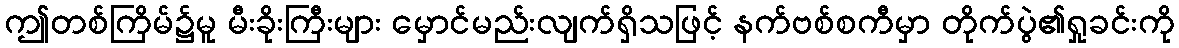
ဤတစ်ကြိမ်၌မူ မီးခိုးကြီးများ မှောင်မည်းလျက်ရှိသဖြင့် နက်ဗစ်စကီမှာ တိုက်ပွဲ၏ရှုခင်းကို